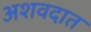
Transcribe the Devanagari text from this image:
अशवदात